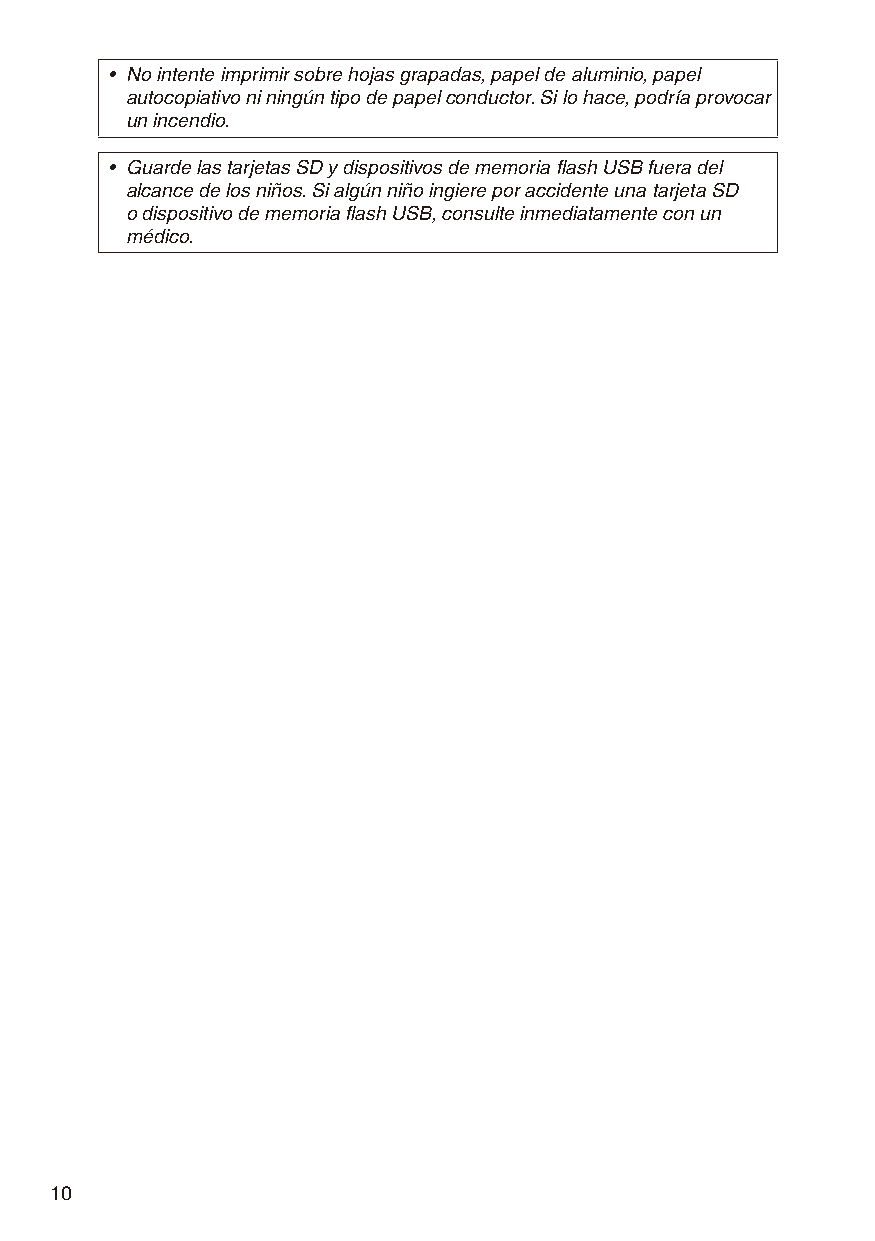
• No intente imprimir sobre hojas grapadas, papel de aluminio, papel
 autocopiativo ni ningún tipo de papel conductor. Si lo hace, podría provocar
 un incendio.
 • Guarde las tarjetas SD y dispositivos de memoria flash USB fuera del
 alcance de los niños. Si algún niño ingiere por accidente una tarjeta SD
 o dispositivo de memoria flash USB, consulte inmediatamente con un
 médico.
 10